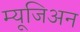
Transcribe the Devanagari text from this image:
म्यूजिअन